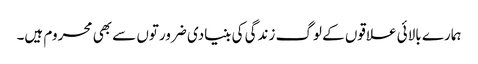
ہمارے بالائی علاقوں کے لوگ زندگی کی بنیادی ضرورتوں سے بھی محروم ہیں۔